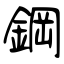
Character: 鋼